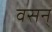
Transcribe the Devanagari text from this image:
वसन्